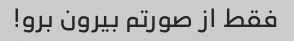
فقط از صورتم بیرون برو!